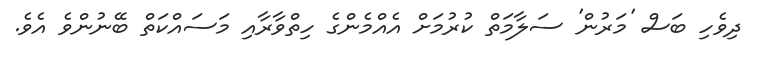
ދިވެހި ބަސް 'މަރުން' ސަލާމަތް ކުރުމަށް އެއްމެންގެ ހިތްވާރާއި މަސައްކަތް ބޭނުންވެ އެވެ.